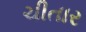
ચીતાર